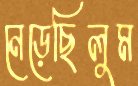
নেড়েছিলুম